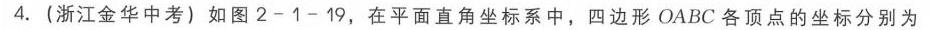
4. (浙江金华中考) 如图2 - 1 - 19，在平面直角坐标系中，四边形\(OABC\)各顶点的坐标分别为